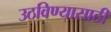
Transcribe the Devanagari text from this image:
उठविण्यासाठी